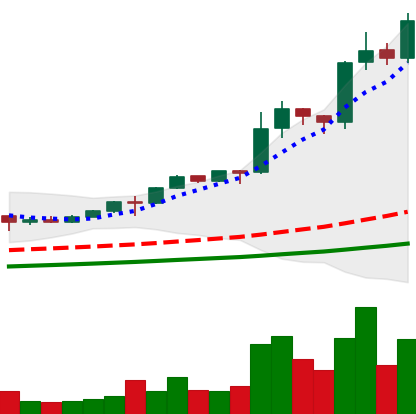
Ticker: LINK-USD
Chart end date: 2020-08-15
Forward return: -15.747%
Label: down_7plus